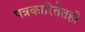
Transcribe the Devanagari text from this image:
पत्रकारितेतही